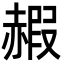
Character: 赮